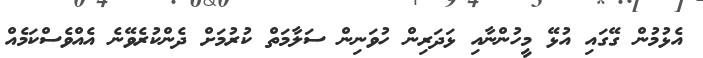
އެޅުމުން ގޭގައި އުޅޭ މީހުންނާއި ޅަދަރިން ހުވަނިން ސަލާމަތް ކުރުމަށް ދެންކުރެވޭނެ އެއްވެސްކަމެއް